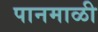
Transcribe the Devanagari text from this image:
पानमाळी